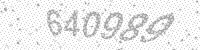
Solution: 640989